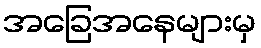
အခြေအနေများမှ